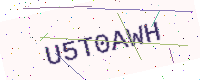
Text: U5T0AWH